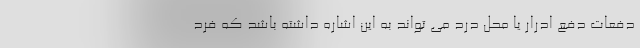
دفعات دفع ادرار یا محل درد می تواند به این اشاره داشته باشد که فرد